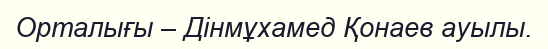
Орталығы – Дінмұхамед Қонаев ауылы.